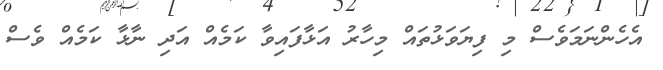
އެހެންނަަމަވެސް މި ފިޔަވަޅުތައް މިހާރު އަޅާފައިވާ ކަމެއް އަދި ނާޅާ ކަމެއް ވެސް